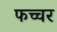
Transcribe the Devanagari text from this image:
फच्चर